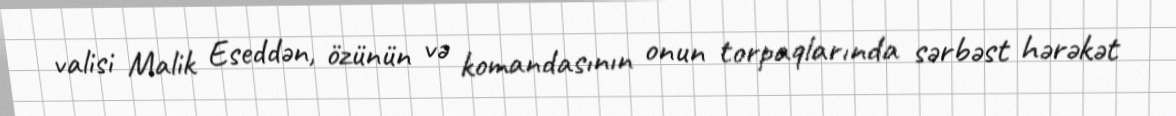
valisi Malik Eseddən, özünün və komandasının onun torpaqlarında sərbəst hərəkət